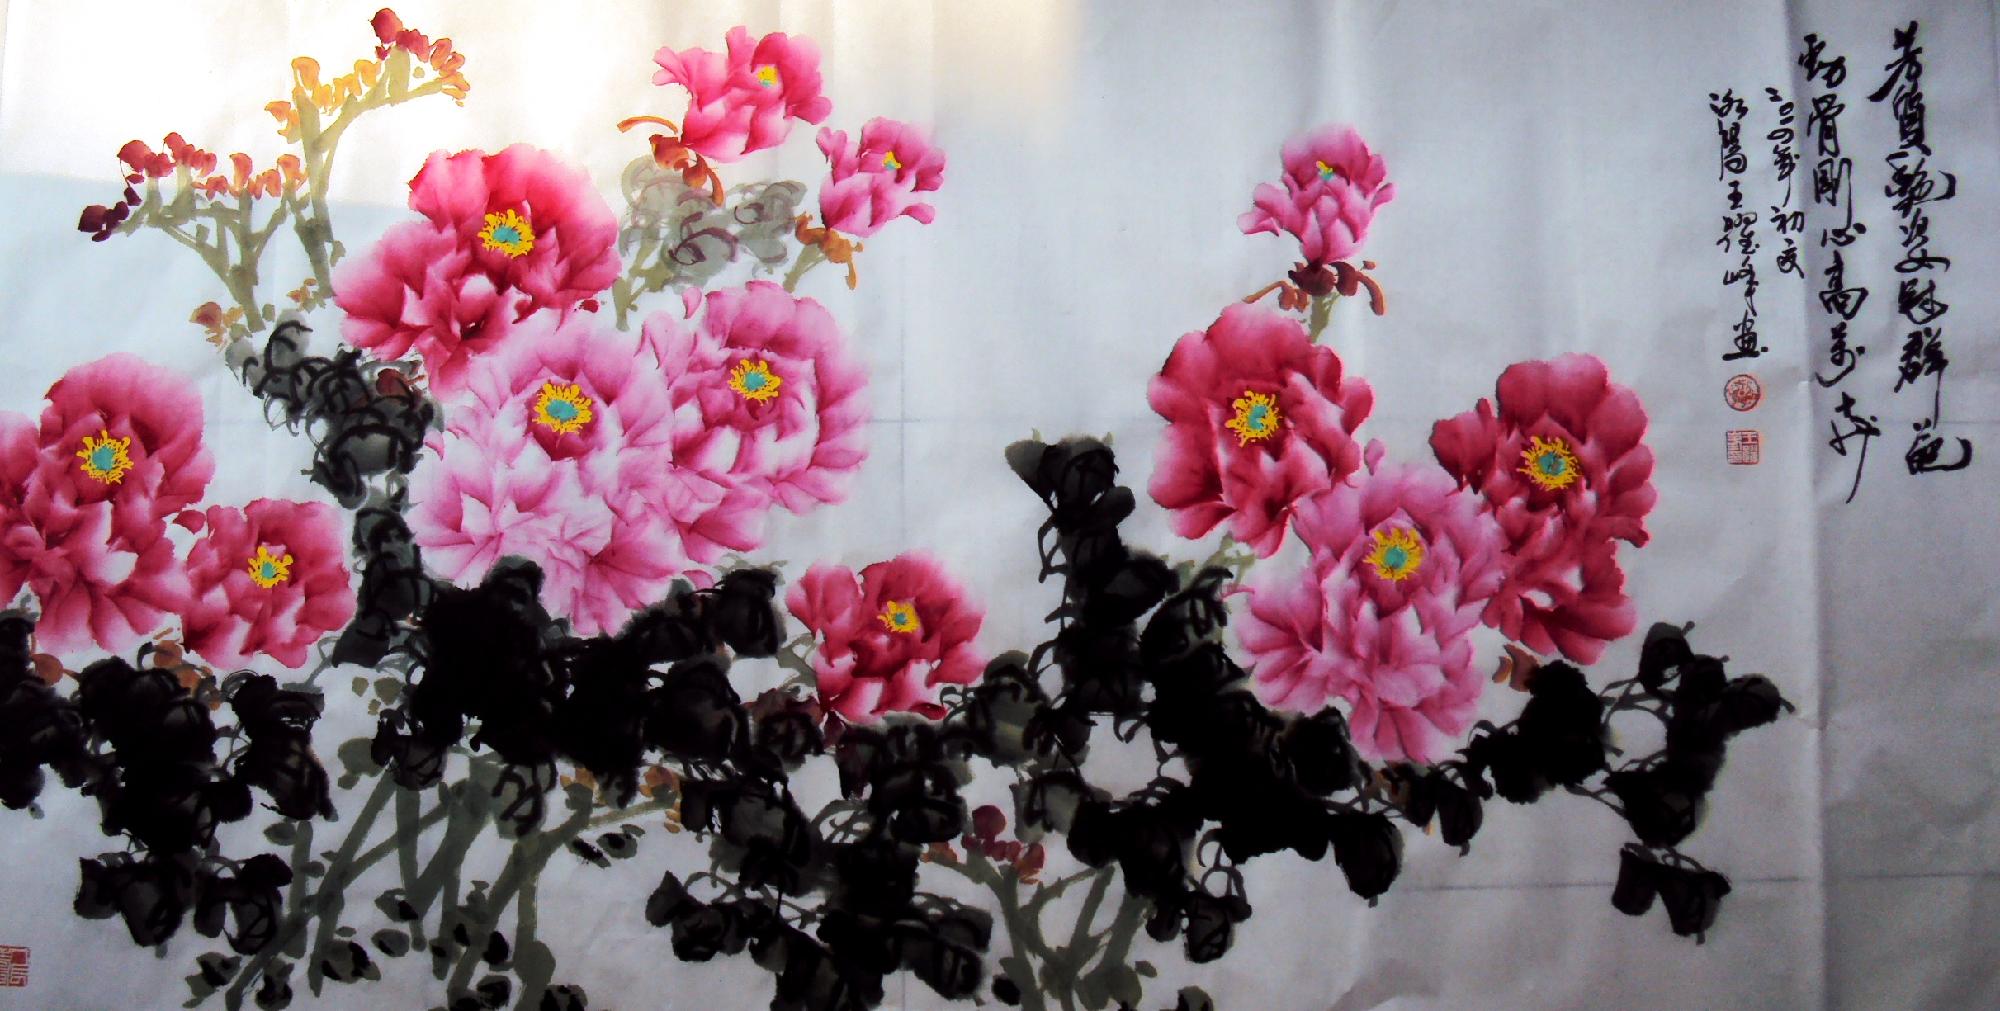
攀出墙朵朵花，折临路枝枝柳。